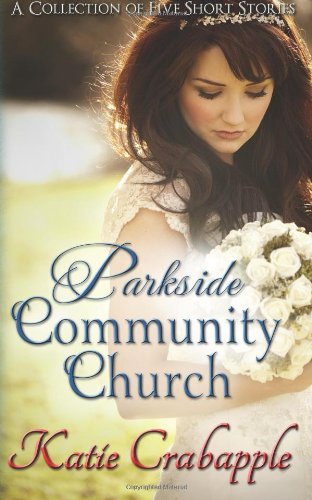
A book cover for Parkside Community Church; Katie Crabapple; Christian Books & Bibles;